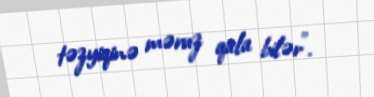
təzyiqinə məruz qala bilər”.